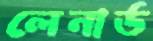
লেনার্ড